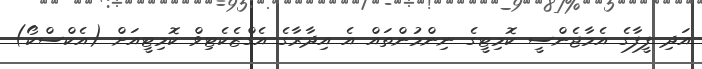
އަދި ފީފާގެ އެމާޖެންސީ ކޮމިޓީގެ ނިންމުންތައް އެ އިދާރާގެ އެގްޒެކެޓިވް ކޮމިޓީއަށް (އެކްސްކޯ)